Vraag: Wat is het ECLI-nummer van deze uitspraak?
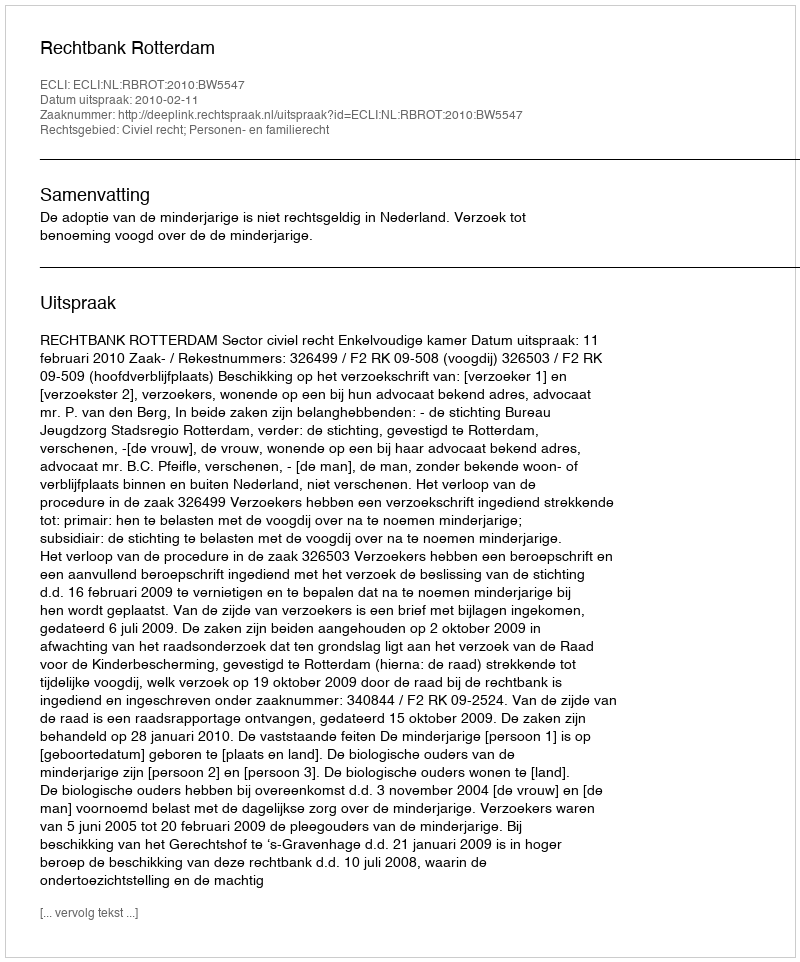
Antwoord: ECLI:NL:RBROT:2010:BW5547